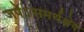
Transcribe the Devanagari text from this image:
जपेऽसमर्थश्चेद